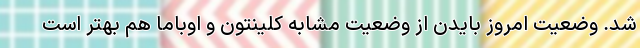
شد. وضعیت امروز بایدن از وضعیت مشابه کلینتون و اوباما هم بهتر است